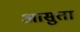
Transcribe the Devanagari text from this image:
आसुता